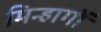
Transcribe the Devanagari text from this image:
मिन्हागों